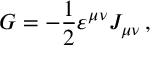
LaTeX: G = - \frac { 1 } { 2 } \varepsilon ^ { \mu \nu } J _ { \mu \nu } \, ,